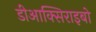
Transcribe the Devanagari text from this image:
डीआक्सिराइबो